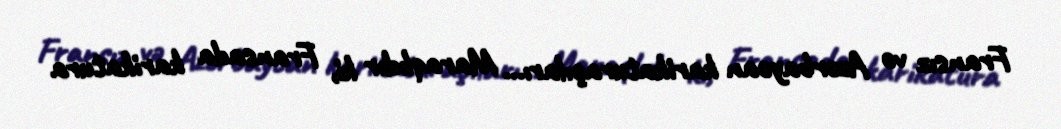
Fransız və Azərbaycan karikaturaçıları... Maraqlıdır ki, Fransada karikatura